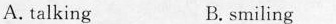
A. talking B. smiling